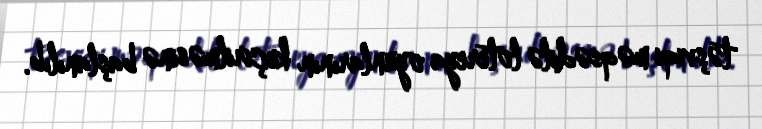
təşviqi məqsədilə lotereya oyunlarının keçirilməsinə başlanılıb.